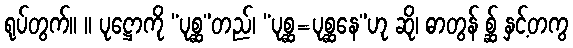
ရုပ်တွက်။ ။ ပုဋ္ဌောကို “ပုစ္ဆ”တည်၊ “ပုစ္ဆ=ပုစ္ဆနေ”ဟု ဆို၊ ဓာတွန် စ္ဆ် နှင့်တကွ